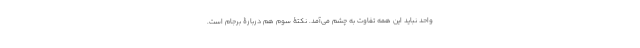
واحد نباید این همه تفاوت به چشم می‌آمد. نکتۀ سوم هم دربارۀ برجام است.